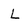
Character: L